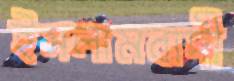
ইসলামবাদী